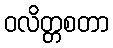
ဝလိတ္တစတာ